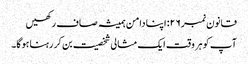
قانون نمبر ۲۶: اپنا دامن ہمیشہ صاف رکھیں
آپ کو ہر وقت ایک مثالی شخصیت بن کر رہنا ہوگا۔